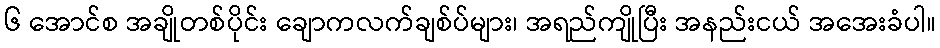
၆ အောင်စ အချိုတစ်ပိုင်း ချောကလက်ချစ်ပ်များ၊ အရည်ကျိုပြီး အနည်းငယ် အအေးခံပါ။